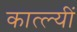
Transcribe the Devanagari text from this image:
कात्ल्यीं